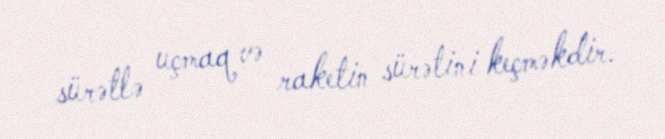
sürətlə uçmaq və raketin sürətini keçməkdir.